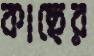
কাছের